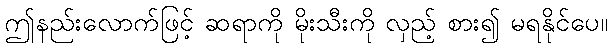
ဤနည်းလောက်ဖြင့် ဆရာကို မိုးသီးကို လှည့် စား၍ မရနိုင်ပေ။